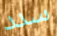
سدد